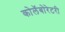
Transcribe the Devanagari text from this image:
कोलॅबोरेटरी